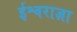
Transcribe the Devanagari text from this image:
ईश्वराज्ञा